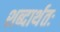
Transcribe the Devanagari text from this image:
शब्दार्थतः